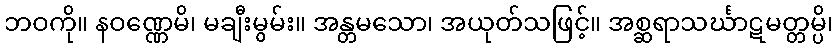
ဘဝကို။ နဝဏ္ဏေမိ၊ မချီးမွမ်း။ အန္တမသော၊ အယုတ်သဖြင့်။ အစ္ဆရာသင်္ဃာဋမတ္တမ္ပိ၊